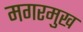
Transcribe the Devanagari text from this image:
मगरमुख